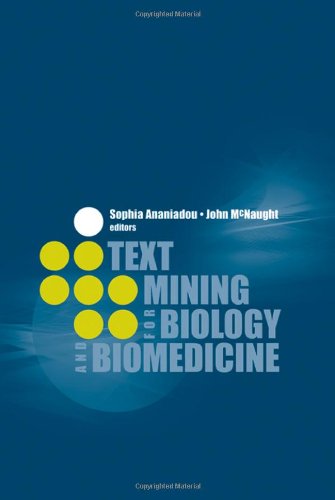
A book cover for Text Mining for Biology And Biomedicine; Medical Books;